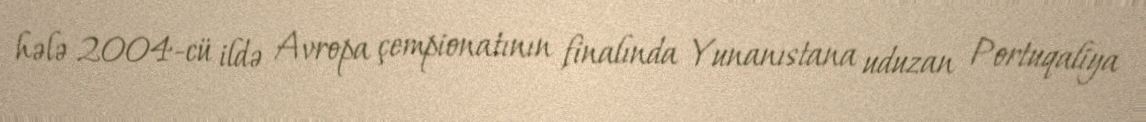
hələ 2004-cü ildə Avropa çempionatının finalında Yunanıstana uduzan Portuqaliya